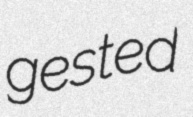
gested